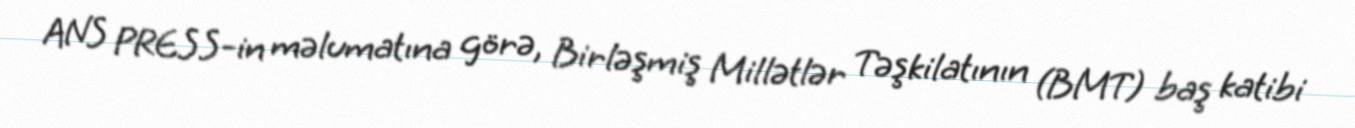
ANS PRESS-in məlumatına görə, Birləşmiş Millətlər Təşkilatının (BMT) baş katibi